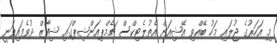
މި އަހަރުގެ ޖުލައި މަހު ބޭއްވި އޭޝިއަން އެތުލެޓިކްސް ޗެމްޕިއަންޝިޕްގައި ޝިފާޒް ދުވެފައިވަނީ